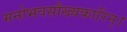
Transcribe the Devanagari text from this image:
मनोभवसौख्यकारिन्।